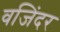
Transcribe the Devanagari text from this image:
वजिंदर